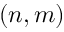
( n , m )